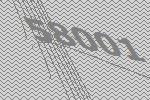
58001